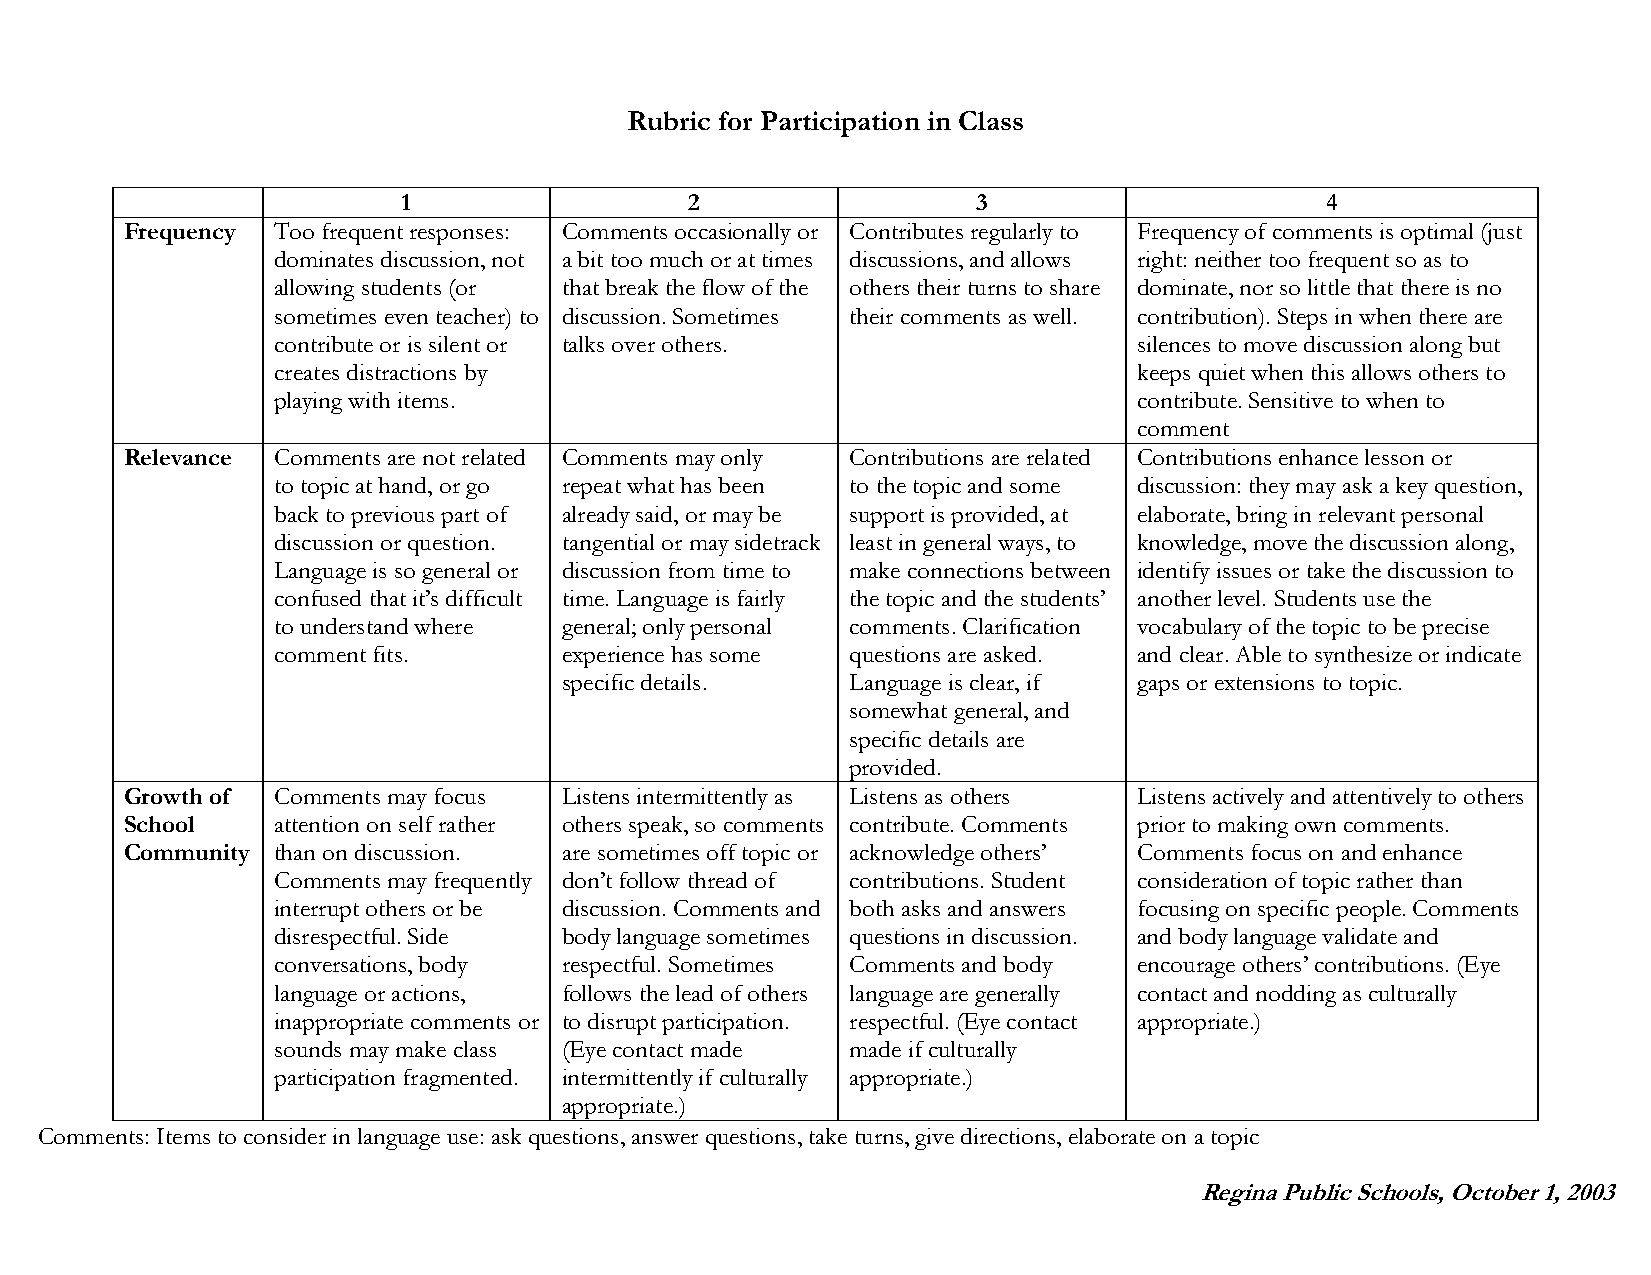
Rubric for Participation in Class
 1                  2                  3                      4
 Frequency Too frequent responses: Comments occasionally or Contributes regularly to Frequency of comments is optimal (just
 dominates discussion, not a bit too much or at times discussions, and allows right: neither too frequent so as to
 allowing students (or that break the flow of the others their turns to share dominate, nor so little that there is no
 sometimes even teacher) to discussion. Sometimes their comments as well. contribution). Steps in when there are
 contribute or is silent or talks over others.            silences to move discussion along but
 creates distractions by                                  keeps quiet when this allows others to
 playing with items.                                      contribute. Sensitive to when to
 comment
 Relevance Comments are not related Comments may only Contributions are related Contributions enhance lesson or
 to topic at hand, or go repeat what has been to the topic and some discussion: they may ask a key question,
 back to previous part of already said, or may be support is provided, at elaborate, bring in relevant personal
 discussion or question. tangential or may sidetrack least in general ways, to knowledge, move the discussion along,
 Language is so general or discussion from time to make connections between identify issues or take the discussion to
 confused that it’s difficult time. Language is fairly the topic and the students’ another level. Students use the
 to understand where general; only personal comments. Clarification vocabulary of the topic to be precise
 comment fits.      experience has some questions are asked. and clear. Able to synthesize or indicate
 specific details.  Language is clear, if gaps or extensions to topic.
 somewhat general, and
 specific details are
 provided.
 Growth of Comments may focus Listens intermittently as Listens as others Listens actively and attentively to others
 School    attention on self rather others speak, so comments contribute. Comments prior to making own comments.
 Community than on discussion. are sometimes off topic or acknowledge others’ Comments focus on and enhance
 Comments may frequently don’t follow thread of contributions. Student consideration of topic rather than
 interrupt others or be discussion. Comments and both asks and answers focusing on specific people. Comments
 disrespectful. Side body language sometimes questions in discussion. and body language validate and
 conversations, body respectful. Sometimes Comments and body encourage others’ contributions. (Eye
 language or actions, follows the lead of others language are generally contact and nodding as culturally
 inappropriate comments or to disrupt participation. respectful. (Eye contact appropriate.)
 sounds may make class (Eye contact made made if culturally
 participation fragmented. intermittently if culturally appropriate.)
 appropriate.)
 Comments: Items to consider in language use: ask questions, answer questions, take turns, give directions, elaborate on a topic
 Regina Public Schools, October 1, 2003